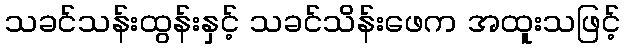
သခင်သန်းထွန်းနှင့် သခင်သိန်းဖေက အထူးသဖြင့်